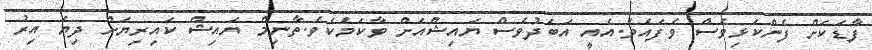
ފާޑަކަށް ފެންކަޅިވެސް ވެފައެވެ.އެއީ އަބަދުވެސް ޔައިޝްއަށް ވާކަމެކެވެ.ތާނިމް ޔައިޝް ކައިރިޔަށް ދިޔަ އިރު